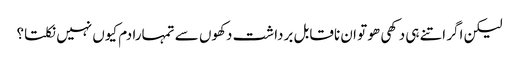
لیکن اگر اتنے ہی دکھی ھو تو ان ناقابل برداشت دکھوں سے تمہارا دم کیوں نہیں نکلتا؟